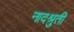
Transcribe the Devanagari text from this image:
नादश्रुती